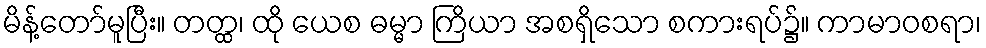
မိန့်တော်မူပြီး။ တတ္ထ၊ ထို ယေစ ဓမ္မာ ကြိယာ အစရှိသော စကားရပ်၌။ ကာမာဝစရာ၊